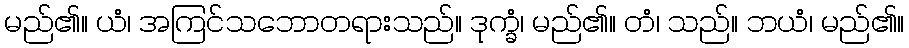
မည်၏။ ယံ၊ အကြင်သဘောတရားသည်။ ဒုက္ခံ၊ မည်၏။ တံ၊ သည်။ ဘယံ၊ မည်၏။